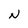
Character: N